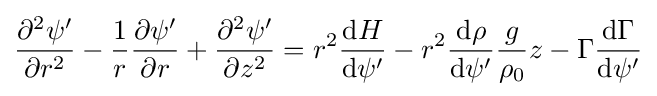
{\frac {\partial ^{2}\psi '}{\partial r^{2}}}-{\frac {1}{r}}{\frac {\partial \psi '}{\partial r}}+{\frac {\partial ^{2}\psi '}{\partial z^{2}}}=r^{2}{\frac {\mathrm {d} H}{\mathrm {d} \psi '}}-r^{2}{\frac {\mathrm {d} \rho }{\mathrm {d} \psi '}}{\frac {g}{\rho _{0}}}z-\Gamma {\frac {\mathrm {d} \Gamma }{\mathrm {d} \psi '}}